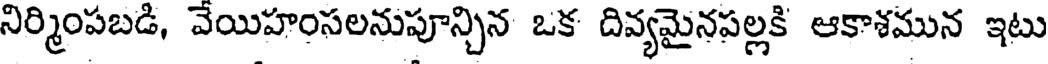
నిర్మింపబడి, వేయిహంసలనుపూన్చిన ఒక దివ్యమైనపల్లకి ఆకాశమున ఇటు